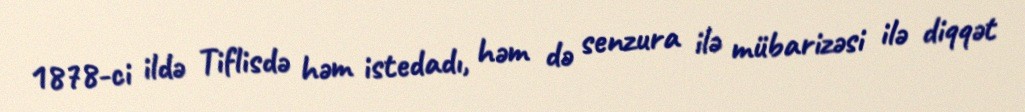
1878-ci ildə Tiflisdə həm istedadı, həm də senzura ilə mübarizəsi ilə diqqət